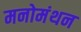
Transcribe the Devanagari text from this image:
मनोमंथन